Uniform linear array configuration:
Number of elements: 64
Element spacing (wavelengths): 0.25
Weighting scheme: binomial
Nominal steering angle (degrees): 0
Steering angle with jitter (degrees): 1.412
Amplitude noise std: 0.05
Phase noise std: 0.05

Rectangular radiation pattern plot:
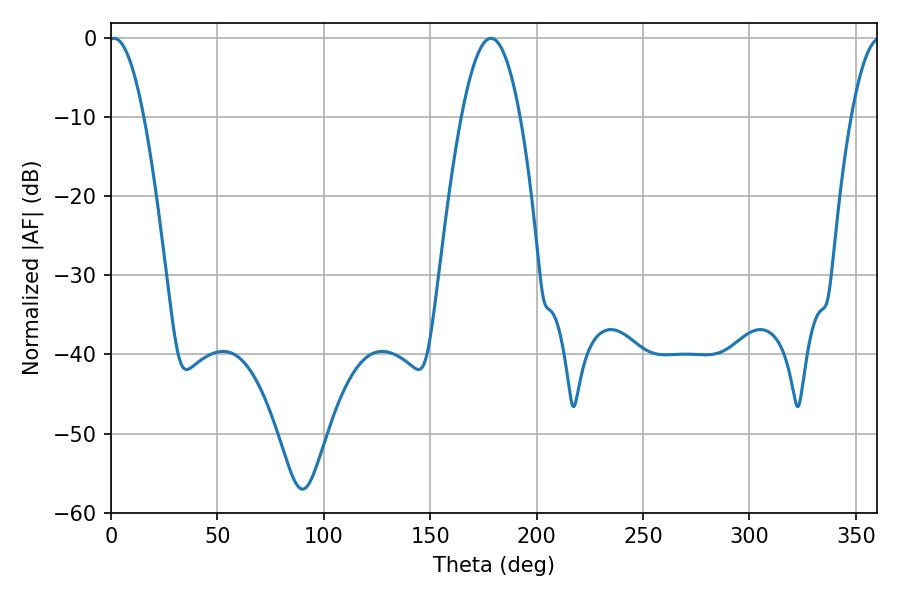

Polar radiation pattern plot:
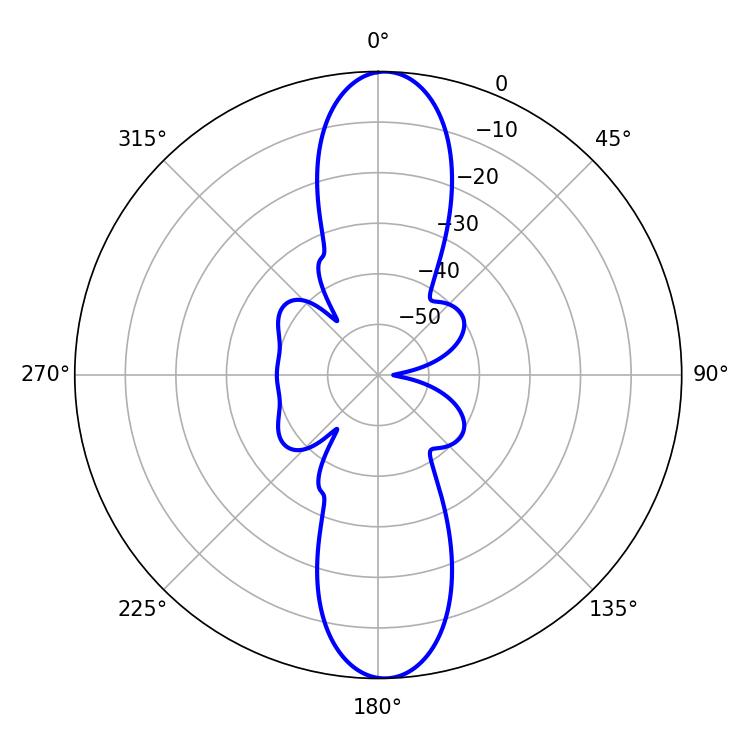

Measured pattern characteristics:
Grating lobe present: FALSE
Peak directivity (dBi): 21.237
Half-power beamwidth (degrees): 9
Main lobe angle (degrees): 1.44